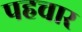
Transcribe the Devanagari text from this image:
पहचार